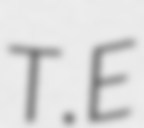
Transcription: T.E